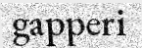
gapperi